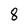
Character: 8